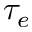
\tau _ { e }